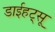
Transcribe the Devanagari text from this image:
डाईहट्सू